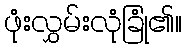
ဖုံးလွှမ်းလုံခြုံ၏။